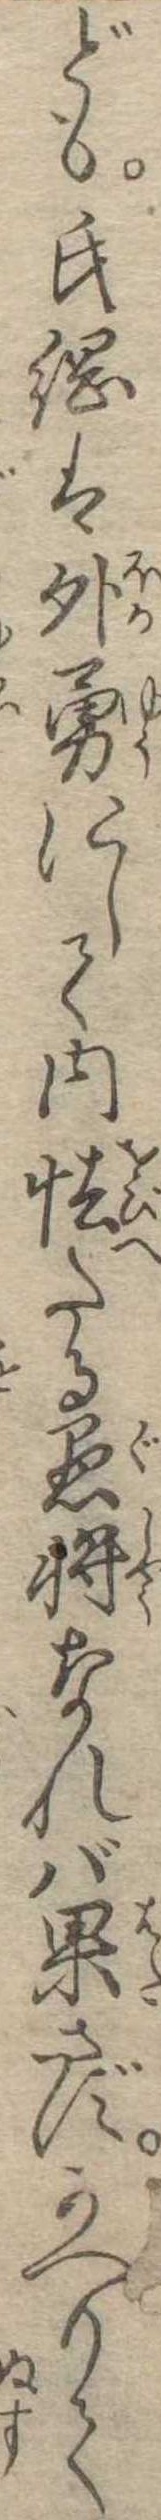
ども氏綱は外勇にして内怯たる愚将なれば果さずかへりて